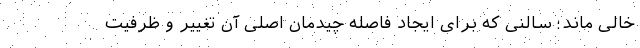
خالی ماند؛ سالنی که برای ایجاد فاصله چیدمان اصلی آن تغییر و ظرفیت